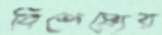
বিশেষ্যের